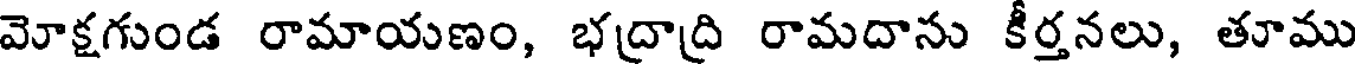
మోక్షగుండ రామాయణం, భద్రాద్రి రామదాను కీర్తనలు, తూము